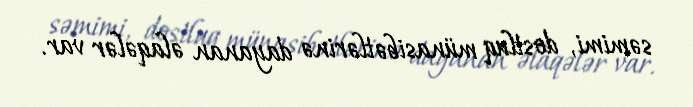
səmimi, dostluq münasibətlərinə dayanan əlaqələr var.